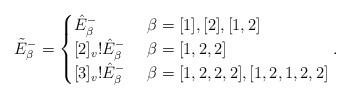
LaTeX: \begin{align*} \tilde{E}^{-}_{\beta}= \begin{cases} \hat{E}^{-}_{\beta} & \ \beta=[1],[2],[1,2]\\ [2]_{v}!\hat{E}^{-}_{\beta} &\ \beta=[1,2,2]\\ [3]_{v}!\hat{E}^{-}_{\beta} & \ \beta=[1,2,2,2],[1,2,1,2,2] \end{cases}.\end{align*}